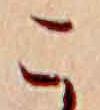
こ